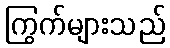
ကြွက်များသည်